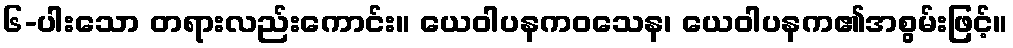
၆-ပါးသော တရားလည်းကောင်း။ ယေဝါပနကဝသေန၊ ယေဝါပနက၏အစွမ်းဖြင့်။